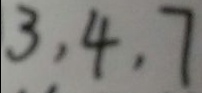
3 , 4 , 7